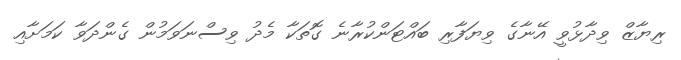
ރިޔާޒް ވިދާޅުވީ އޭނާގެ ވިޔަފާރި ބައްޓަންކުރާނެ ގޮތަކާ މެދު ވިސްނަވަމުން ގެންދަވާ ކަމަށާއި